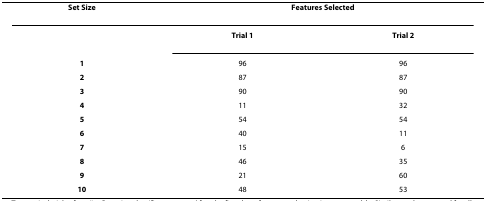
<table><thead><tr><td><b>Set Size</b></td><td colspan="2"><b>Features Selected</b></td></tr></thead><tbody><tr><td></td><td><b><i>Trial 1</i></b></td><td><b><i>Trial 2</i></b></td></tr><tr><td><b>1</b></td><td>96</td><td>96</td></tr><tr><td><b>2</b></td><td>87</td><td>87</td></tr><tr><td><b>3</b></td><td>90</td><td>90</td></tr><tr><td><b>4</b></td><td>11</td><td>32</td></tr><tr><td><b>5</b></td><td>54</td><td>54</td></tr><tr><td><b>6</b></td><td>40</td><td>11</td></tr><tr><td><b>7</b></td><td>15</td><td>6</td></tr><tr><td><b>8</b></td><td>46</td><td>35</td></tr><tr><td><b>9</b></td><td>21</td><td>60</td></tr><tr><td><b>10</b></td><td>48</td><td>53</td></tr></tbody></table>